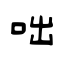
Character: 咄